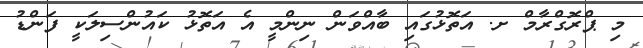
މި ޕްރޮގްރާމް ށ. އަތޮޅުގައި ބާއްވަން ނިންމީ އެ އަތޮޅު ކައުންސިލަކީ ފަންޑު